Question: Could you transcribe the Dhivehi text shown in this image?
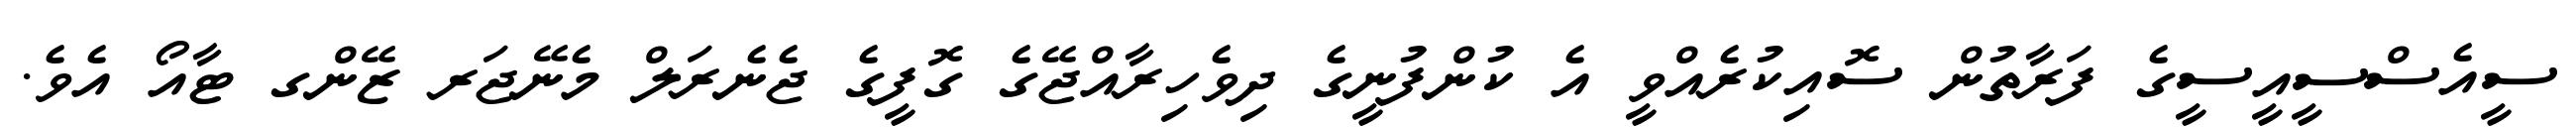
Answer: ސީއެސްސީއީސީގެ ފަރާތުން ސޮއިކުރެއްވީ އެ ކުންފުނީގެ ދިވެހިރާއްޖޭގެ ގޮފީގެ ޖެނެރަލް މެނޭޖަރ ޒޭންގ ޓާއޯ އެވެ.